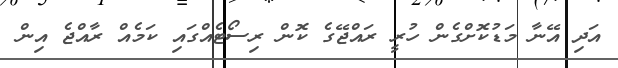
އަދި އޭނާ މަޑުކޮށްގެން ހުރީ ރައްޖޭގެ ކޮން ރިސޯޓެއްގައި ކަމެއް ރާއްޖެ އިން